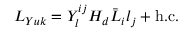
L _ { Y u k } = Y _ { l } ^ { i j } H _ { d } \bar { L } _ { i } l _ { j } + \mathrm { h . c . }